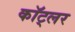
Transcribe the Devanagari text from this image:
कॉट्लर